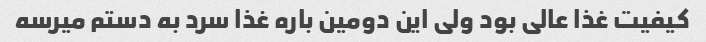
کیفیت غذا عالی بود ولی این دومین باره غذا سرد به دستم میرسه